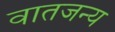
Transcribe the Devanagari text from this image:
वातजन्य